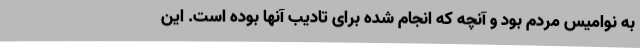
به نوامیس مردم بود و آنچه که انجام شده برای تادیب آنها بوده است. این